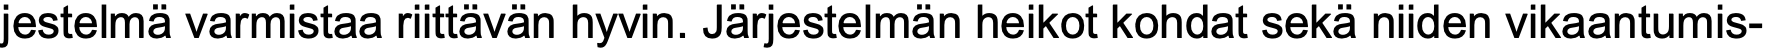
jestelmä varmistaa riittävän hyvin. Järjestelmän heikot kohdat sekä niiden vikaantumis-